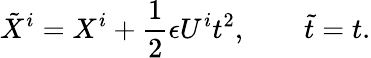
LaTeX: {\tilde{X}^{i}}=X^{i}+\frac{1}{2}\epsilon U^{i}t^{2},\qquad{\tilde{t}}=t.